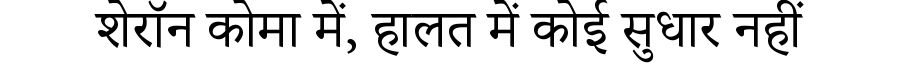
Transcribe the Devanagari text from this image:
शेरॉन कोमा में, हालत में कोई सुधार नहीं